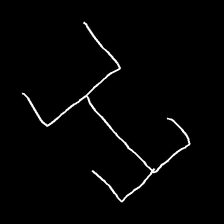
Glyph: entwine